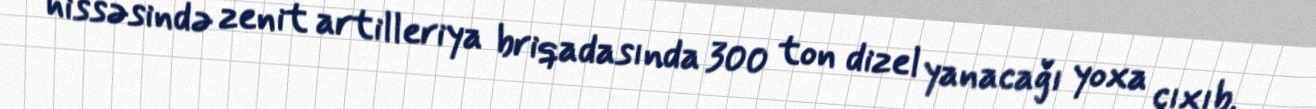
hissəsində zenit artilleriya briqadasında 300 ton dizel yanacağı yoxa çıxıb.